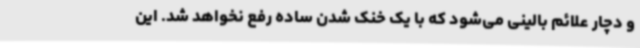
و دچار علائم بالینی می‌شود که با یک خنک شدن ساده رفع نخواهد شد. این